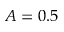
A = 0 . 5